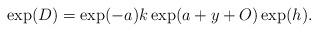
LaTeX: \begin{align*}\exp(D)= \exp(-a)k\exp(a+y+O)\exp(h).\end{align*}